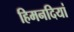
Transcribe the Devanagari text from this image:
हिमनदियां